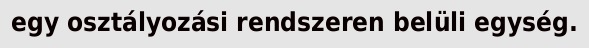
egy osztályozási rendszeren belüli egység.